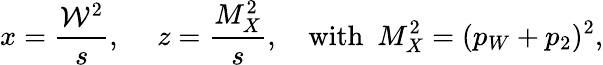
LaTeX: x=\frac{{\cal W}^{2}}{s},~~~~~z=\frac{M_{X}^{2}}{s},~~~~\mathrm{with}~~M_{X}^{2}=(p_{W}+p_{2})^{2},